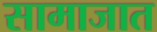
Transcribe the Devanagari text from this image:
सामाजात